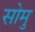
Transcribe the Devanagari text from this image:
सोमु